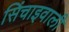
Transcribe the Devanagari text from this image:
सिंचाइवाली